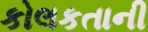
કોલકતાની